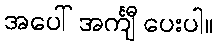
အပေါ် အင်္ကျီ ပေးပါ။